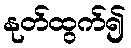
နုတ်ထွက်၍